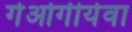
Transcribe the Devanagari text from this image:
गेओर्गीयेवा